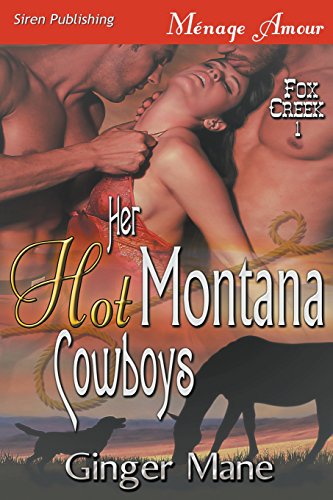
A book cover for Her Hot Montana Cowboys [Fox Creek] (Siren Publishing Menage Amour); Ginger Mane; Romance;